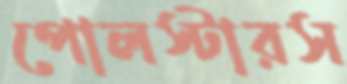
পোলস্টারস